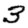
Digit: 3